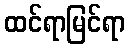
ထင်ရာမြင်ရာ